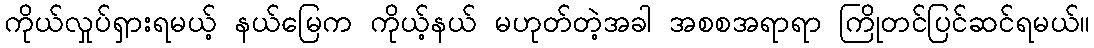
ကိုယ်လှုပ်ရှားရမယ့် နယ်မြေက ကိုယ့်နယ် မဟုတ်တဲ့အခါ အစစအရာရာ ကြိုတင်ပြင်ဆင်ရမယ်။